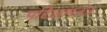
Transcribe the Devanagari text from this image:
परिक्षणतंत्र